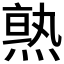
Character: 𱫹